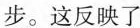
步。这反映了